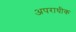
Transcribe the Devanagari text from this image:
अपराधीक